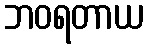
ဘဝရတာယ